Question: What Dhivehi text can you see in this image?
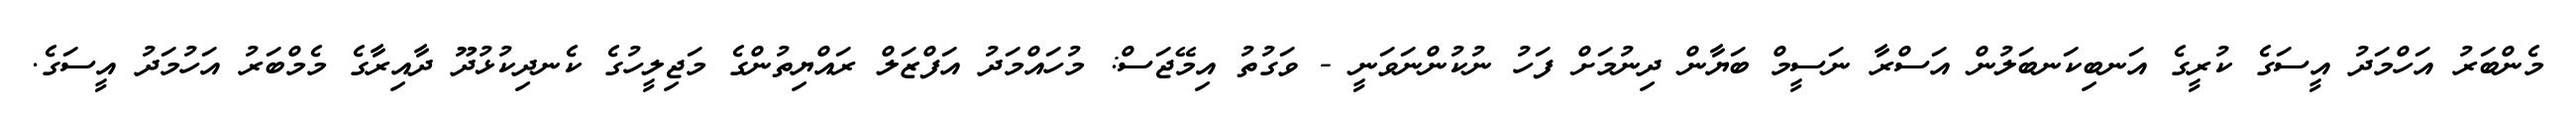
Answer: މެންބަރު އަހްމަދު އީސަގެ ކުރީގެ އަނބިކަނބަލުން އަސްރާ ނަސީމް ބަޔާން ދިނުމަށް ފަހު ނުކުންނަވަނީ - ވަގުތު އިމޭޖަސް: މުހައްމަދު އަފްޒަލް ރައްޔިތުންގެ މަޖިލީހުގެ ކެނދިކުޅުދޫ ދާއިރާގެ މެމްބަރު އަހުމަދު އީސަގެ.